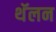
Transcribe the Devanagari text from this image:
थॅलन